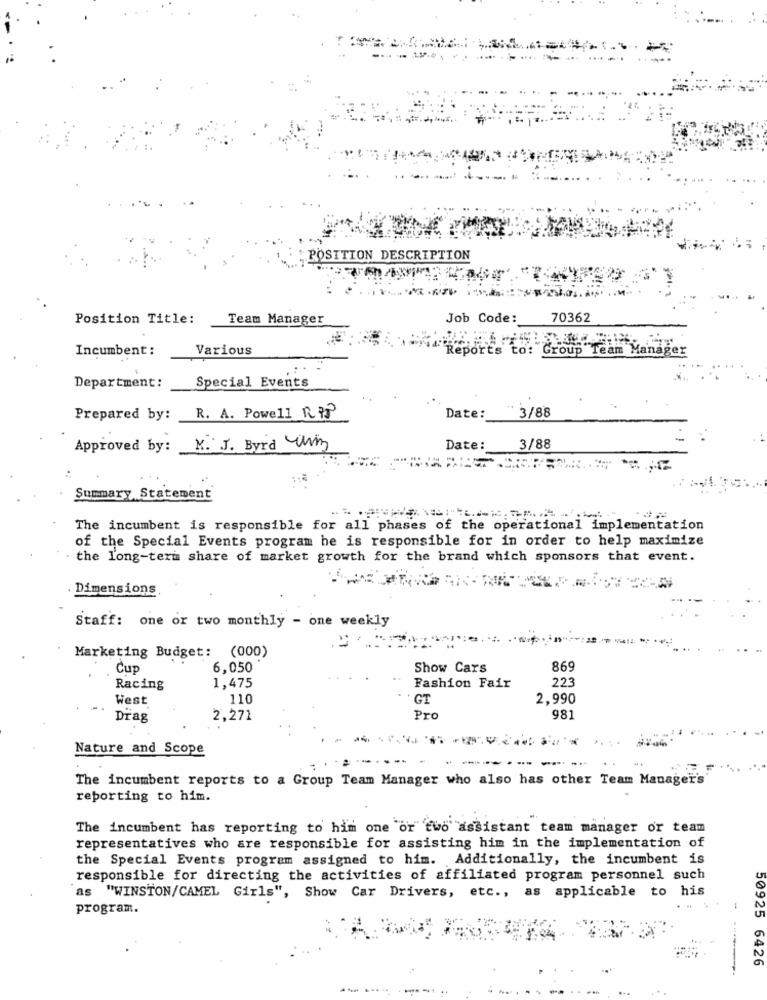
POSITION DESCRIPTION
Position Title:
Team Manager
Job Code:
70362
Incumbent:
Various
Group Team Manager
Department:
Special Events
Date:
3/88
Prepared by:
R. A. Powell R 73
Approved by:
M. J. Byrd Urin
Date:
3/88
Summary Statement
The incumbent is responsible for all phases of the operational implementation
of the Special Events program he is responsible for in order to help maximize
- the long-term share of market growth for the brand which sponsors that event.
. Dimensions
Staff: one or two monthly - one weekly
Marketing Budget: (000)
Cup
6,050
Show Cars
869
22
Racing
1,475
Fashion Fair
West
110
GT
2,990
Drag
2,271
Pro
981
Nature and Scope
--
The incumbent reports to a Group Team Manager who also has other Team Manager's
reporting to him.
The incumbent has reporting to him one or two assistant team manager or team
representatives who are responsible for assisting him in the implementation of
the Special Events program assigned to him. Additionally, the incumbent is
responsible for directing the activities of affiliated program personnel such
as "WINSTON/CAMEL Girls", Show Car Drivers, etc ., as applicable to his
program.
50925 6426
--